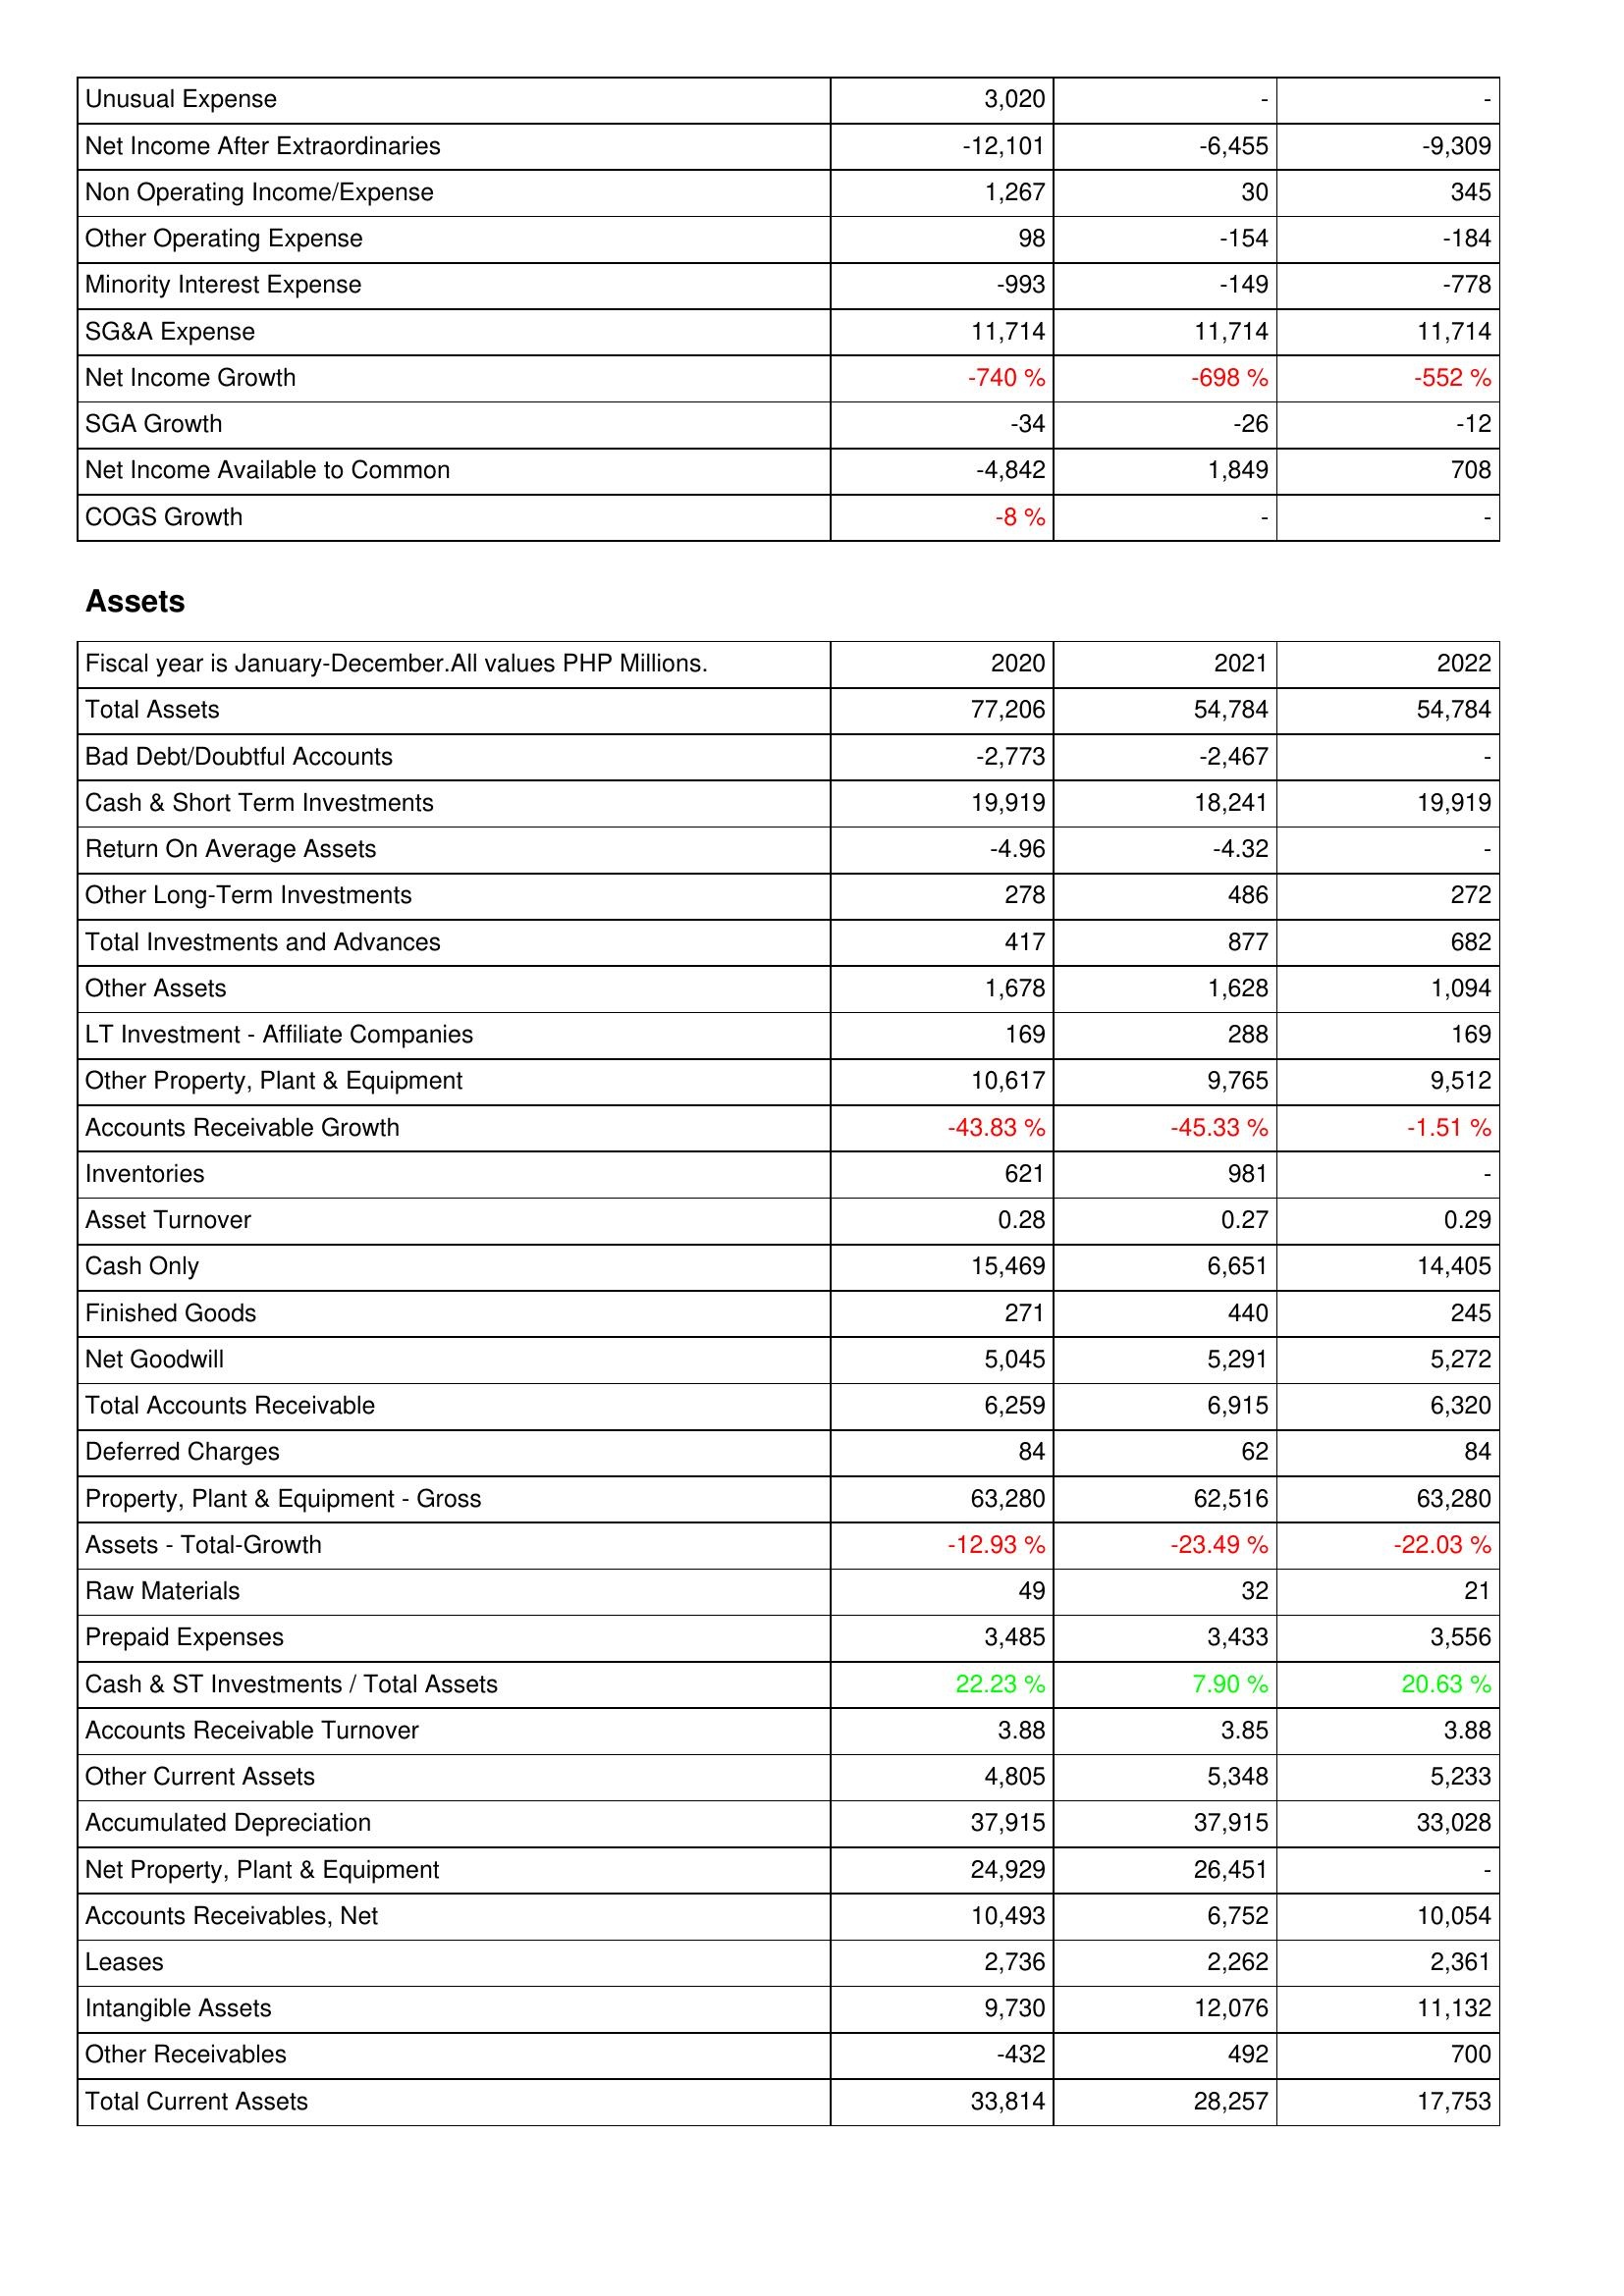
2020: Income Statement: Unusual Expense: 3,020
Net Income After Extraordinaries: -12,101
Non Operating Income/Expense: 1,267
Other Operating Expense: 98
Minority Interest Expense: -993
SG&A Expense: 11,714
Net Income Growth: -740 %
SGA Growth: -34
Net Income Available to Common: -4,842
COGS Growth: -8 %
Assets: Total Assets: 77,206
Bad Debt/Doubtful Accounts: -2,773
Cash & Short Term Investments: 19,919
Return On Average Assets: -4.96
Other Long-Term Investments: 278
Total Investments and Advances: 417
Other Assets: 1,678
LT Investment - Affiliate Companies: 169
Other Property, Plant & Equipment: 10,617
Accounts Receivable Growth: -43.83 %
Inventories: 621
Asset Turnover: 0.28
Cash Only: 15,469
Finished Goods: 271
Net Goodwill: 5,045
Total Accounts Receivable: 6,259
Deferred Charges: 84
Property, Plant & Equipment - Gross: 63,280
Assets - Total-Growth: -12.93 %
Raw Materials: 49
Prepaid Expenses: 3,485
Cash & ST Investments / Total Assets: 22.23 %
Accounts Receivable Turnover: 3.88
Other Current Assets: 4,805
Accumulated Depreciation: 37,915
Net Property, Plant & Equipment: 24,929
Accounts Receivables, Net: 10,493
Leases: 2,736
Intangible Assets: 9,730
Other Receivables: -432
Total Current Assets: 33,814
2021: Income Statement: Unusual Expense: -
Net Income After Extraordinaries: -6,455
Non Operating Income/Expense: 30
Other Operating Expense: -154
Minority Interest Expense: -149
SG&A Expense: 11,714
Net Income Growth: -698 %
SGA Growth: -26
Net Income Available to Common: 1,849
COGS Growth: -
Assets: Total Assets: 54,784
Bad Debt/Doubtful Accounts: -2,467
Cash & Short Term Investments: 18,241
Return On Average Assets: -4.32
Other Long-Term Investments: 486
Total Investments and Advances: 877
Other Assets: 1,628
LT Investment - Affiliate Companies: 288
Other Property, Plant & Equipment: 9,765
Accounts Receivable Growth: -45.33 %
Inventories: 981
Asset Turnover: 0.27
Cash Only: 6,651
Finished Goods: 440
Net Goodwill: 5,291
Total Accounts Receivable: 6,915
Deferred Charges: 62
Property, Plant & Equipment - Gross: 62,516
Assets - Total-Growth: -23.49 %
Raw Materials: 32
Prepaid Expenses: 3,433
Cash & ST Investments / Total Assets: 7.90 %
Accounts Receivable Turnover: 3.85
Other Current Assets: 5,348
Accumulated Depreciation: 37,915
Net Property, Plant & Equipment: 26,451
Accounts Receivables, Net: 6,752
Leases: 2,262
Intangible Assets: 12,076
Other Receivables: 492
Total Current Assets: 28,257
2022: Income Statement: Unusual Expense: -
Net Income After Extraordinaries: -9,309
Non Operating Income/Expense: 345
Other Operating Expense: -184
Minority Interest Expense: -778
SG&A Expense: 11,714
Net Income Growth: -552 %
SGA Growth: -12
Net Income Available to Common: 708
COGS Growth: -
Assets: Total Assets: 54,784
Bad Debt/Doubtful Accounts: -
Cash & Short Term Investments: 19,919
Return On Average Assets: -
Other Long-Term Investments: 272
Total Investments and Advances: 682
Other Assets: 1,094
LT Investment - Affiliate Companies: 169
Other Property, Plant & Equipment: 9,512
Accounts Receivable Growth: -1.51 %
Inventories: -
Asset Turnover: 0.29
Cash Only: 14,405
Finished Goods: 245
Net Goodwill: 5,272
Total Accounts Receivable: 6,320
Deferred Charges: 84
Property, Plant & Equipment - Gross: 63,280
Assets - Total-Growth: -22.03 %
Raw Materials: 21
Prepaid Expenses: 3,556
Cash & ST Investments / Total Assets: 20.63 %
Accounts Receivable Turnover: 3.88
Other Current Assets: 5,233
Accumulated Depreciation: 33,028
Net Property, Plant & Equipment: -
Accounts Receivables, Net: 10,054
Leases: 2,361
Intangible Assets: 11,132
Other Receivables: 700
Total Current Assets: 17,753